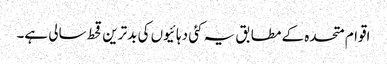
اقوام متحدہ کے مطابق یہ کئی دہائیوں کی بدترین قحط سالی ہے۔